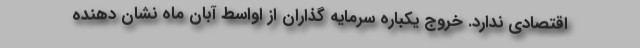
اقتصادی ندارد. خروج یکباره سرمایه گذاران از اواسط آبان ماه نشان دهنده